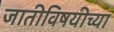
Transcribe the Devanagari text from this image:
जातीविषयीच्या